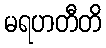
မရဟတီတိ